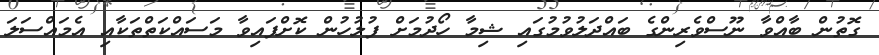
ގޮތުން ބާއްވާ ނޫސްވެރިންގެ ބައްދަލުވުމުގައި ޝިމާ ހޯދުމަށް ފުލުހުން ކޮށްފައިވާ މަސައްކަތްތަކާއި އެމައްސަލަ